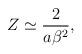
LaTeX: \begin{align*}Z\simeq\frac{2}{a\beta^{2}}, \end{align*}